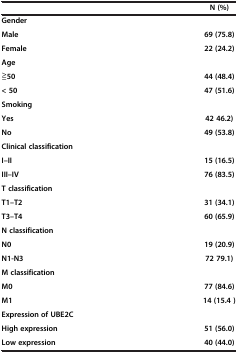
<table><thead><tr><td><b> </b></td><td><b>N (%)</b></td></tr></thead><tbody><tr><td><b>Gender</b></td><td> </td></tr><tr><td><b>Male</b></td><td><b>69 (75.8)</b></td></tr><tr><td><b>Female</b></td><td><b>22 (24.2)</b></td></tr><tr><td><b>Age</b></td><td> </td></tr><tr><td>≧<b>50</b></td><td><b>44 (48.4)</b></td></tr><tr><td><b>&lt; 50</b></td><td><b>47 (51.6)</b></td></tr><tr><td><b>Smoking</b></td><td> </td></tr><tr><td><b>Yes</b></td><td><b>42 46.2)</b></td></tr><tr><td><b>No</b></td><td><b>49 (53.8)</b></td></tr><tr><td><b>Clinical classification</b></td><td> </td></tr><tr><td><b>I–II</b></td><td><b>15 (16.5)</b></td></tr><tr><td><b>III–IV</b></td><td><b>76 (83.5)</b></td></tr><tr><td><b>T classification</b></td><td> </td></tr><tr><td><b>T1–T2</b></td><td><b>31 (34.1)</b></td></tr><tr><td><b>T3–T4</b></td><td><b>60 (65.9)</b></td></tr><tr><td><b>N classification</b></td><td> </td></tr><tr><td><b>N0</b></td><td><b>19 (20.9)</b></td></tr><tr><td><b>N1-N3</b></td><td><b>72 79.1)</b></td></tr><tr><td><b>M classification</b></td><td> </td></tr><tr><td><b>M0</b></td><td><b>77 (84.6)</b></td></tr><tr><td><b>M1</b></td><td><b>14 (15.4 )</b></td></tr><tr><td><b>Expression of UBE2C</b></td><td> </td></tr><tr><td><b>High expression</b></td><td><b>51 (56.0)</b></td></tr><tr><td><b>Low expression</b></td><td><b>40 (44.0)</b></td></tr></tbody></table>